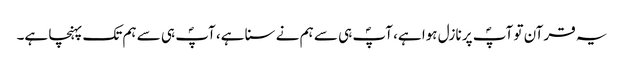
یہ قرآن تو آپؐ پر نازل ہوا ہے، آپؐ ہی سے ہم نے سنا ہے، آپؐ ہی سے ہم تک پہنچا ہے۔